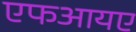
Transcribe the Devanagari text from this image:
एफआयए